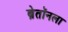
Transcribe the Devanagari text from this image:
ब्रेतॉनला